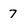
Character: 7